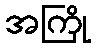
အကြို